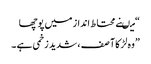
“میںنے محتاط انداز میں پوچھا
” وہ لڑکا آ صف ، شدید زخمی ہے ۔